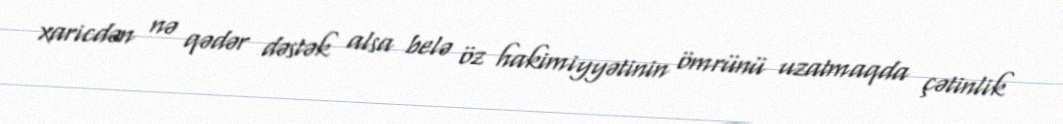
xaricdən nə qədər dəstək alsa belə öz hakimiyyətinin ömrünü uzatmaqda çətinlik